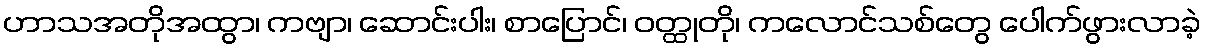
ဟာသအတိုအထွာ၊ ကဗျာ၊ ဆောင်းပါး၊ စာပြောင်၊ ဝတ္ထုတို၊ ကလောင်သစ်တွေ ပေါက်ဖွားလာခဲ့